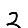
Digit: 2